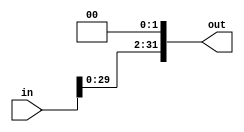
module sh_by2(in,out);
input[31:0]in;
output[31:0]out;
assign out = in << 2;
endmodule

// >>//////////////////// sign extend ////////////////////////
module signext(ip, op);

input [15:0] ip;
output [31:0] op;
reg [31:0] ext;

always @(*) begin
 ext [15:0]  = ip;
 ext [31:16] = {16{ip[15]}};
end

assign op = ext;
endmodule
// >>//////////////////// sign extend ////////////////////////



// >>//////////////////// adder //////////////////////////////
module adder (ip1, ip2, out);

//input clk, rst;
input [31:0] ip1, ip2;
output [31:0] out;

reg [31:0] add;

always @(ip1 or ip2) begin
 add <= ip1 + ip2;
end
assign out = add;

endmodule